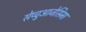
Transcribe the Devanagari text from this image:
सेप्चुआजेसिमा